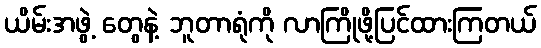
ယိမ်းအဖွဲ့ တွေနဲ့ ဘူတာရုံကို လာကြိုဖို့ပြင်ထားကြတယ်